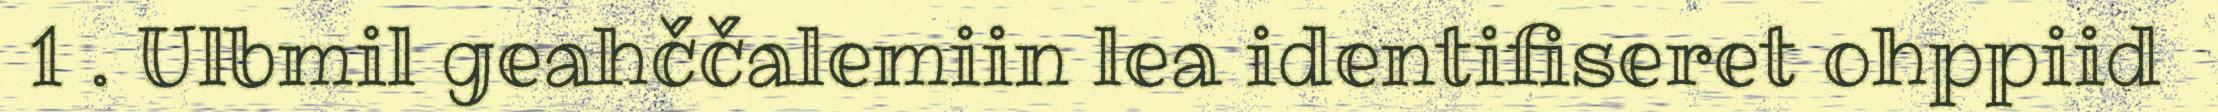
1 . Ulbmil geahččalemiin lea identifiseret ohppiid